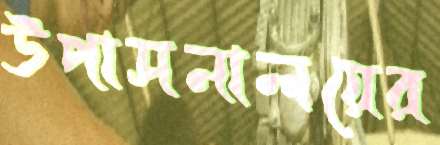
উপাসনালয়ের